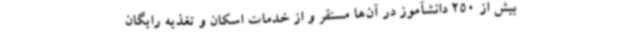
بیش از 250 دانشآموز در آن‌ها مستقر و از خدمات اسکان و تغذیه رایگان